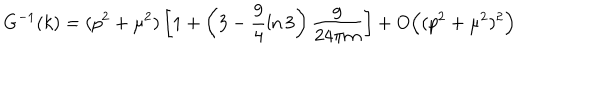
G ^ { - 1 } ( k ) = ( p ^ { 2 } + \mu ^ { 2 } ) \left[ 1 + \left( 3 - \frac { 9 } { 4 } \ln 3 \right) \frac { g } { 2 4 \pi m } \right] + O \Bigl ( ( p ^ { 2 } + \mu ^ { 2 } ) ^ { 2 } \Bigr )